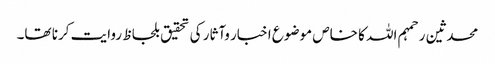
محدثین رحمہم اللہ کا خاص موضوع اخبار وآثار کی تحقیق بلحاظ روایت کرنا تھا۔